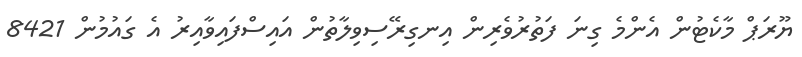
ޔޫރަޕް މާކެޓުން އެންމެ ގިނަ ފަތުރުވެރިން އިނގިރޭސިވިލާތުން އައިސްފައިވާއިރު އެ ގައުމުން 8421